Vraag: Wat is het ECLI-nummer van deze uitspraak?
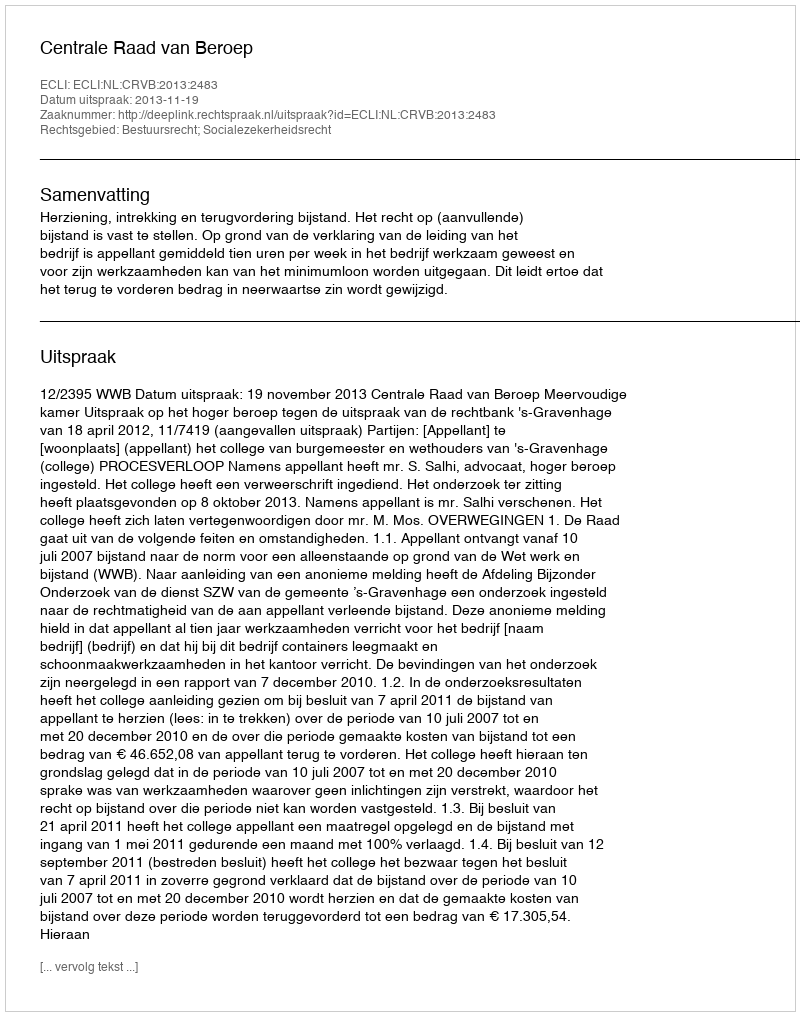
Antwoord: ECLI:NL:CRVB:2013:2483